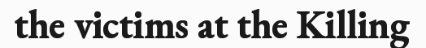
the victims at the Killing